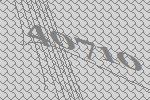
40710